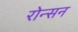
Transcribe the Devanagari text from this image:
रोन्सन